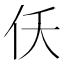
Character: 仸